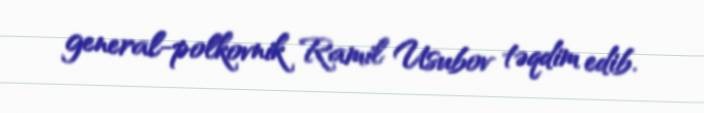
general-polkovnik Ramil Usubov təqdim edib.